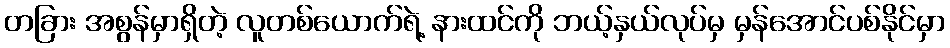
တခြား အစွန်မှာရှိတဲ့ လူတစ်ယောက်ရဲ့ နားထင်ကို ဘယ့်နှယ်လုပ်မှ မှန်အောင်ပစ်နိုင်မှာ